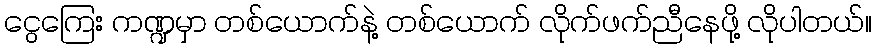
ငွေကြေး ကဏ္ဍမှာ တစ်ယောက်နဲ့ တစ်ယောက် လိုက်ဖက်ညီနေဖို့ လိုပါတယ်။